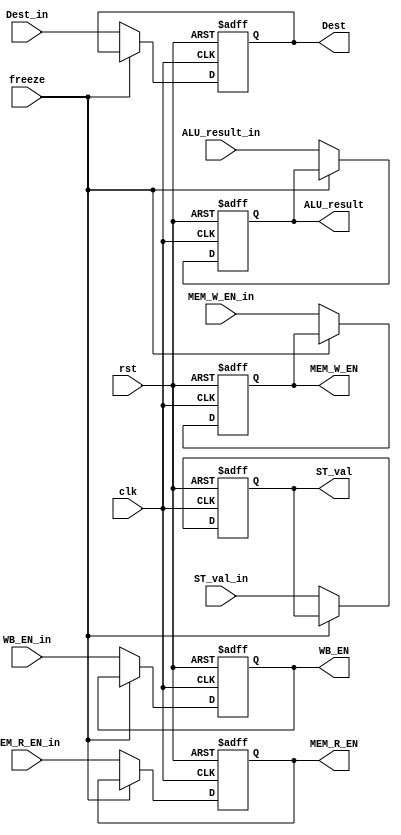
module EXE_Stage_Reg (clk, rst, freeze, WB_EN_in, MEM_R_EN_in, MEM_W_EN_in, ALU_result_in, ST_val_in, Dest_in,
                      WB_EN, MEM_R_EN, MEM_W_EN, ALU_result, ST_val, Dest);
                
  input [31:0] ALU_result_in, ST_val_in;
  input [3:0] Dest_in;
  input clk, rst, freeze, WB_EN_in, MEM_R_EN_in, MEM_W_EN_in;
  output reg [31:0] ALU_result, ST_val;
  output reg [3:0] Dest;
  output reg WB_EN, MEM_R_EN, MEM_W_EN;
  
  always @(posedge clk, posedge rst) begin
    if(rst) {WB_EN, MEM_R_EN, MEM_W_EN, ALU_result, ST_val, Dest} <= 71'h0;
    else if(~freeze) {WB_EN, MEM_R_EN, MEM_W_EN, ALU_result, ST_val, Dest} <= {WB_EN_in, MEM_R_EN_in, MEM_W_EN_in, ALU_result_in, ST_val_in, Dest_in};
  end
  
endmodule